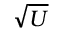
\sqrt { U }